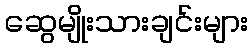
ဆွေမျိုးသားချင်းများ